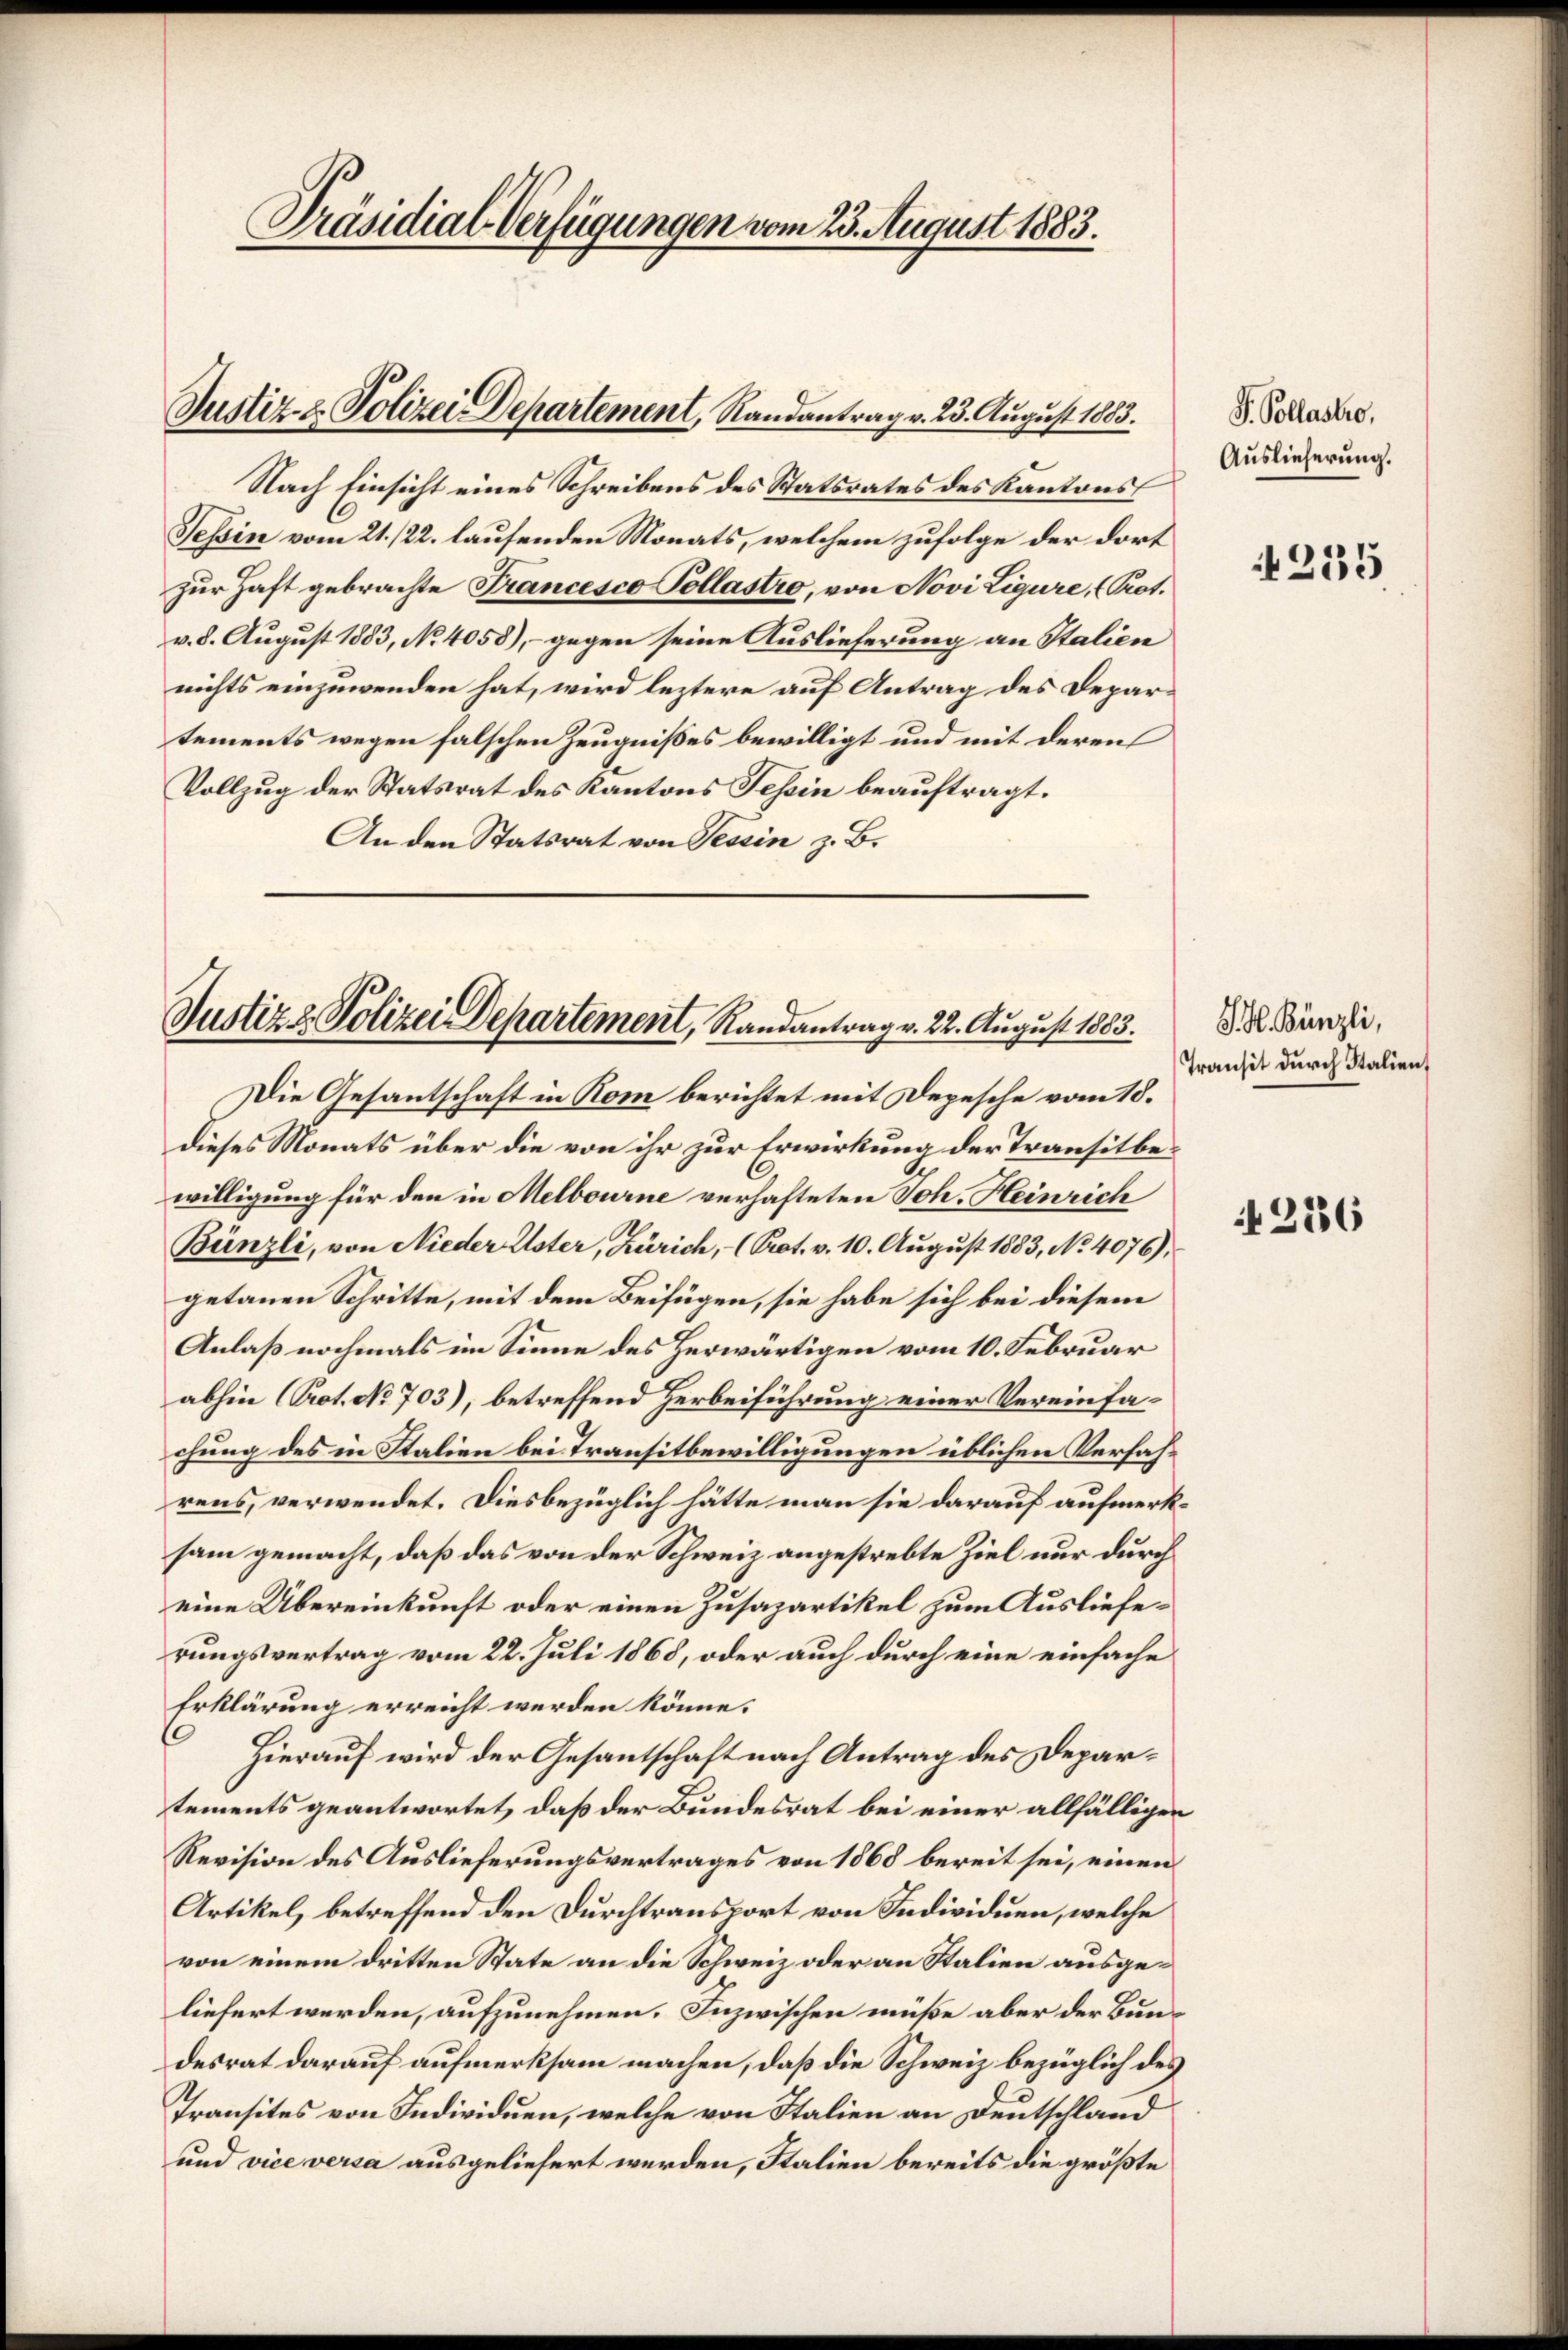
Präsidial-Verfügungen vom 23. August 1883.

Justiz- & Polizei Departement, Randantrag v. 23. August 1883.

Nach Einsicht eines Schreibens des Statsrates des Kantons
Tessin vom 21. /22. laufenden Monats, welchem zufolge der dort
Zur Haft gebrachte Francesco Pollastro, von Novi Ligure, (Prot.
v. 8. August 1883, No 4058), – gegen seine Auslieferung an Stalien
nichts einzuwenden hat, wird leztere auf Antrag des Departements wegen falschen Zeugnißes bewilligt und mit deren
Vollzug der Statsrat des Kantons Tessin beauftragt.
An den Statsrat von Tessin z. B.

Justiz & Polizei Departement, Randantrag v. 22. August 1883.

Die Gesantschaft in Rom berichtet mit Depesche vom 18.
dieses Monats über die von ihr zur Erwirkung der Transitbewilligung für den in Melbourne verhafteten Joh. Heinrich
Bünzli, von Nieder Uster, Zürich, - (Prot. v. 10. August 1883, No. 4076),
getanen Schritte, mit dem Beifügen, sie habe sich bei diesem
Anlaß nochmals im Sinne des Herwärtigen vom 10. Februar
abhin (Prot. No 703), betreffend Herbeiführung einer Vereinfachung des in Stalien bei Transitbewilligungen üblichen Verfahrens, verwendet. Diesbezüglich hätte man sie darauf aufmerksam gemacht, daß das von der Schweiz angestrebte Ziel nur durch
eine Übereinkunft oder einen Zusapartikel zum Auslieferungsvertrag vom 22. Juli 1868, oder auch durch eine einfache
Erklärung erreicht werden könne.
Hierauf wird der Gesantschaft nach Antrag des Departements geantwortet, daß der Bundesrat bei einer allfälligen
Revision des Auslieferungsvertrages von 1868 bereit sei, einen
Artikel, betreffend den Durchtransport von Individuen, welche
von einem dritten State an die Schweiz oder an Stalien ausgeliefert werden, aufzunehmen. Inzwischen müße aber der Bundesrat darauf aufmerksam machen, daß die Schweiz bezüglich des
Transites von Individuen, welche von Italien an Deutschland
und vice versa ausgeliefert werden, Stalien bereits die größte

G. Collastro,
Auslieferung.

4255

S. H. Bünzli,
Transit durch Italien,

2236